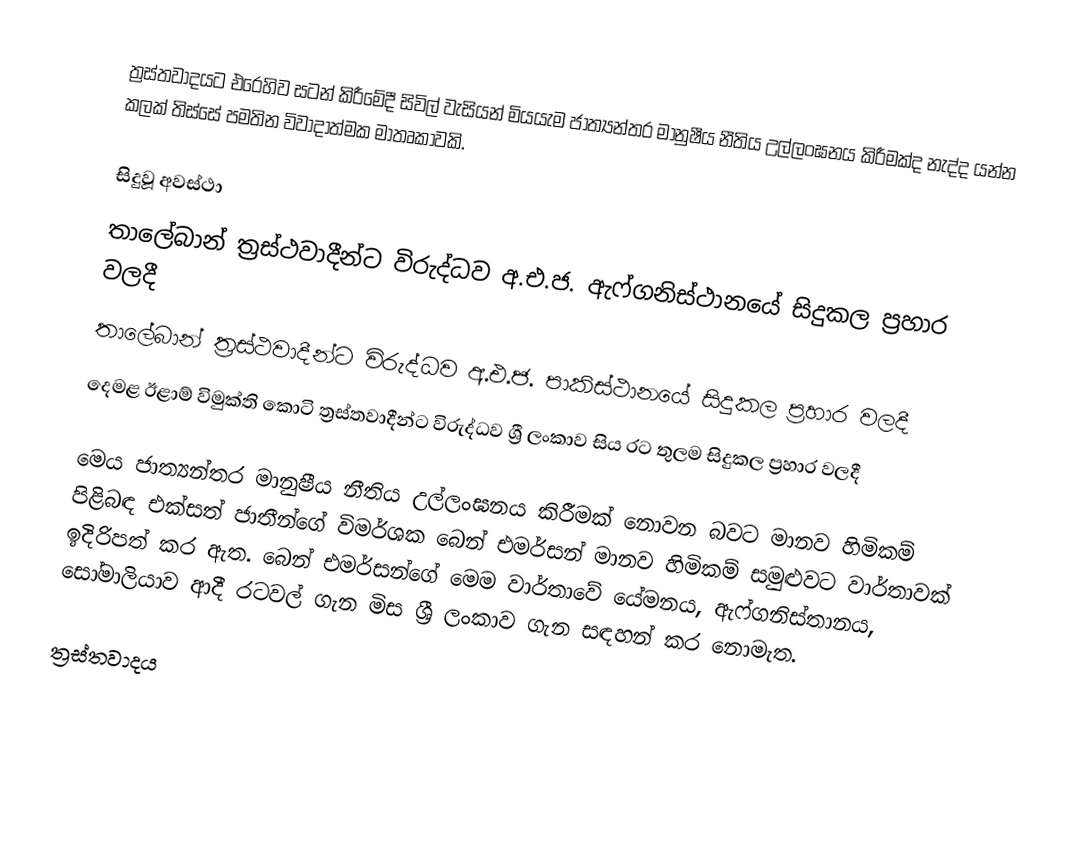
ත්‍රස්‌තවාදයට එරෙහිව සටන් කිරීමේදී සිවිල් වැසියන් මියයැම ජාත්‍යන්තර මානුෂීය නීතිය උල්ලංඝනය කිරීමක්‌ද නැද්ද යන්න කලක් තිස්සේ පමතින විවාදාත්මක මාතෘකාවකි.

සිදුවූ අවස්ථා
 තාලේබාන් ත්‍රස්ථවාදීන්ට විරුද්ධව අ.එ.ජ. ඇෆ්ගනිස්ථානයේ සිදුකල ප්‍රහාර වලදී
 තාලේබාන් ත්‍රස්ථවාදීන්ට විරුද්ධව අ.එ.ජ. පාකිස්ථානයේ සිදුකල ප්‍රහාර වලදී
 දෙමළ ඊළාම් විමුක්ති කොටි ත්‍රස්තවාදීන්ට විරුද්ධව ශ්‍රී ලංකාව සිය රට තුලම සිදුකල ප්‍රහාර වලදී

මෙය ජාත්‍යන්තර මානුෂීය නීතිය උල්ලංඝනය කිරීමක්‌ නොවන බවට මානව හිමිකම් පිළිබඳ එක්‌සත් ජාතීන්ගේ විමර්ශක බෙන් එමර්සන් මානව හිමිකම් සමුළුවට වාර්තාවක්‌ ඉදිරිපත් කර ඇත. බෙන් එමර්සන්ගේ මෙම වාර්තාවේ යේමනය, ඇෆ්ගනිස්තානය, සෝමාලියාව ආදී රටවල් ගැන මිස ශ්‍රී ලංකාව ගැන සඳහන් කර නොමැත.

ත්‍රස්තවාදය